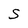
Character: S